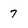
Character: 7